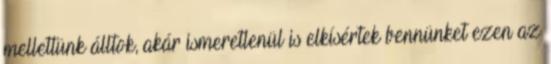
mellettünk álltok, akár ismeretlenül is elkísértek bennünket ezen az